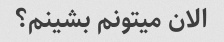
الان میتونم بشینم؟